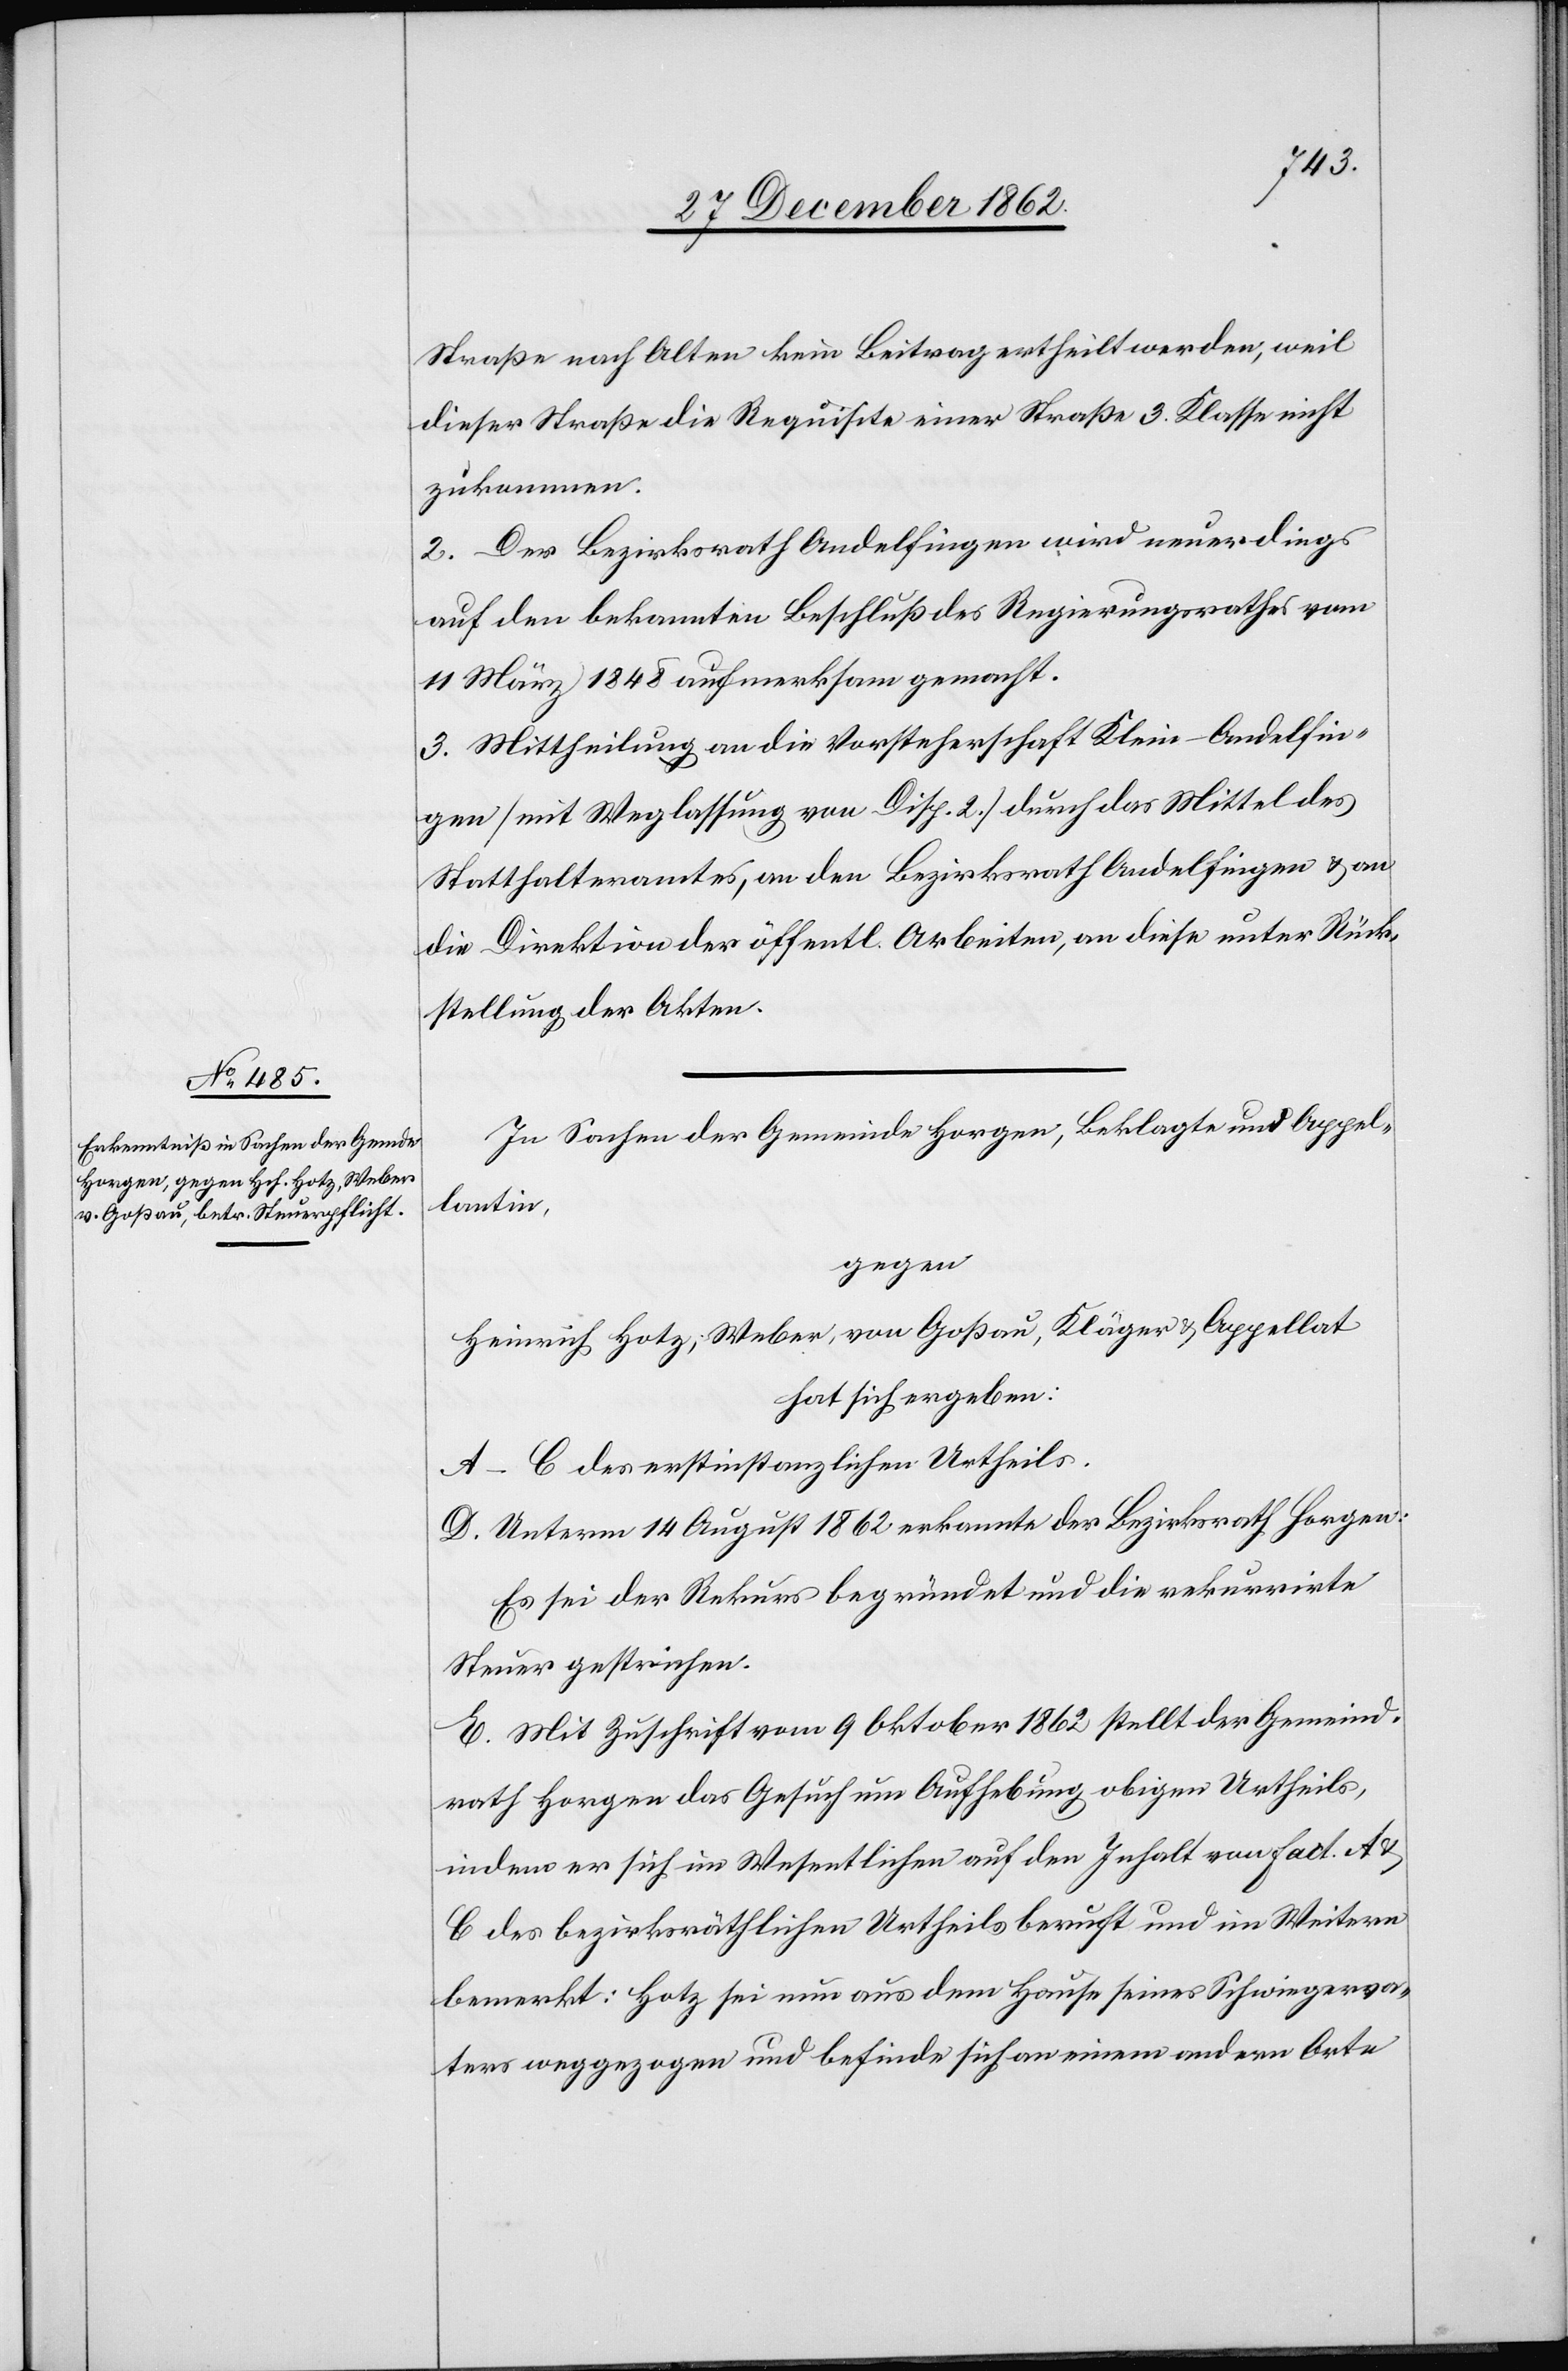
Straße nach Alten kein Beitrag ertheilt werden, weil
dieser Straße die Requisite einer Straße 3. Klasse nicht
zukommen.
2. Der Bezirksrath Andelfingen wird neuerdings
auf den bekannten Beschluß des Regierungsrathes vom
11. März 1848 aufmerksam gemacht.
3. Mittheilung an die Vorsteherschaft Klein-Andelfin¬
gen (mit Weglassung von Disp. 2) durch das Mittel des
Statthalteramtes, an den Bezirksrath Andelfingen u. an
die Direktion der öffentl. Arbeiten, an diese unter Rück¬
stellung der Akten.
In Sachen der Gemeinde Horgen, Beklagte und Appel¬
lantin,
gegen
Heinrich Hotz, Weber von Goßau, Kläger u. Appellat
hat sich ergeben:
A–C des erstinstanzlichen Urtheils.
D. Unterm 14. August 1862 erkannte der Bezirksrath Horgen:
Es sei der Rekurs begründet und die rekurrirte
Steuer gestrichen.
E. Mit Zuschrift vom 9. Oktober 1862 stellt der Gemeind¬
rath Horgen das Gesuch um Aufhebung obigen Urtheils,
indem er sich im Wesentlichen auf den Inhalt von Fact. A
C des bezirksräthlichen Urtheils beruft und im Weitern
bemerkt: Hotz sei nun aus dem Hause seines Schwiegerva¬
ters weggezogen und befinde sich an einem andern Orte